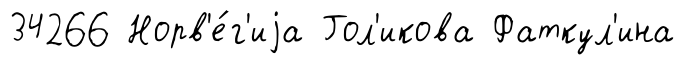
34266 Норв'е́г'иjа Гол'икова Фаткул'ина